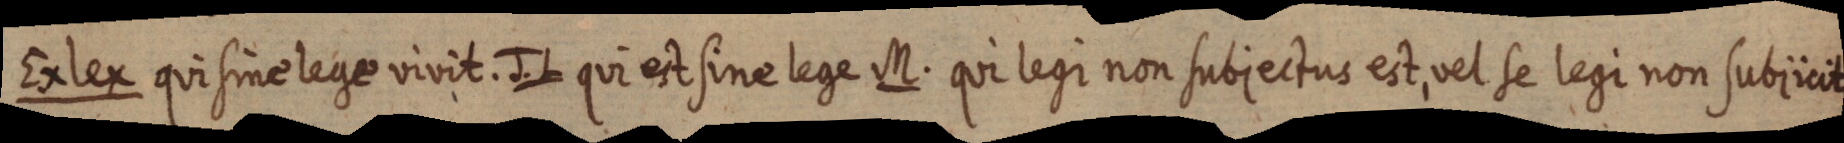
Ex lex qui sine lege vivit. J. L qui est sine lege M. qui legi non subjectus est, vel se legi non subiicit.